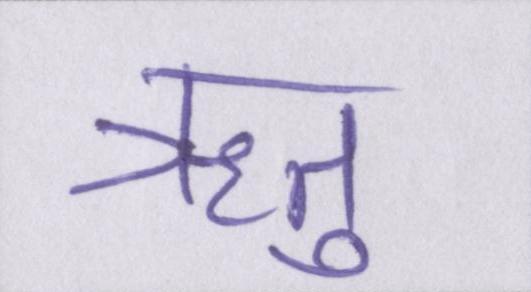
ऋतु